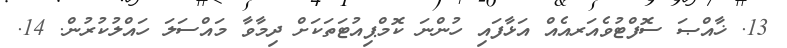
13. ޚާއްޞަ ސޮފްޓުވެއަރއެއް އަޅާފައި ހުންނަ ކޮމްޕިއުޓަތަކަށް ދިމާވާ މައްސަލަ ހައްލުކުރުން. 14.